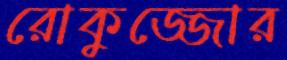
রোকুজ্জোর